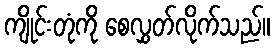
ကျိုင်းတုံကို စေလွှတ်လိုက်သည်။